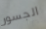
الجسور